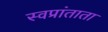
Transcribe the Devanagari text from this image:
स्वप्रांताता